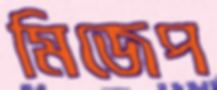
মিজেপ